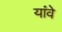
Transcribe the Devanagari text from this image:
यांवे